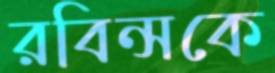
রবিন্সকে